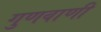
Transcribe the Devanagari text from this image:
गुणवाणी